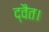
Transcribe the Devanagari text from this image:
द्वैत।